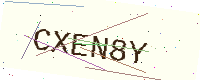
Text: CXEN8Y